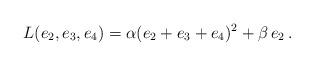
LaTeX: \begin{align*}L(e_2,e_3,e_4)=\alpha(e_2+e_3+e_4)^2+\beta\,e_2\,.\end{align*}